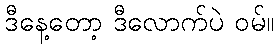
ဒီနေ့တော့ ဒီလောက်ပဲ ဝမ်။